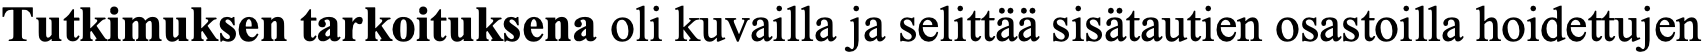
Tutkimuksen tarkoituksena oli kuvailla ja selittää sisätautien osastoilla hoidettujen